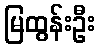
မြထွန်းဦး